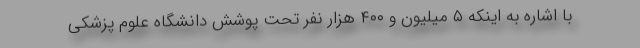
با اشاره به اینکه ۵ میلیون و ۴۰۰ هزار نفر تحت پوشش دانشگاه علوم پزشکی